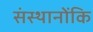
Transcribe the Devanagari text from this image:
संस्थानोंकि